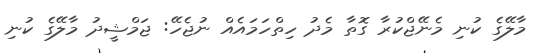
މާލޭގެ ކުނި މެނޭޖްކުރާ ގޮތާ މެދު ހިތްހަމައެއް ނުޖެހޭ: ޖަމްޝީދު މާލޭގެ ކުނި